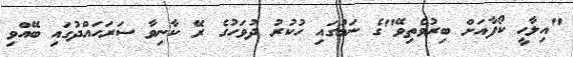
"އިލާހީ ކޯފާއަށް ބިރުވެތިވޭ"ގެ ނަމުގައި ހުކުރު ދުވަހުގެ ރޭ ކާނިވާ ސަރަހައްދުގައި ބޭއްވި